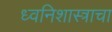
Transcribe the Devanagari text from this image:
ध्वनिशास्त्राचा